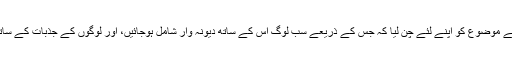
جناب اس بار اس نے ایسے موضوع کو اپنے لئے چن لیا کہ جس کے ذریعے سب لوگ اس کے ساتھ دیونہ وار شامل ہوجائیں، اور لوگوں کے جذبات کے ساتھ آسانی سے کھیل سکے۔